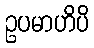
ဥပမာဟိပိ